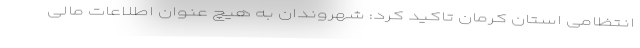
انتظامی استان کرمان تاکید کرد: شهروندان به هیچ عنوان اطلاعات مالی